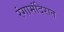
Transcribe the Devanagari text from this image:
रंगामंदिरात